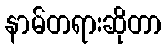
နာမ်တရားဆိုတာ